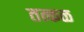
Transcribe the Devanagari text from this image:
तत्कळ